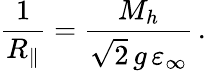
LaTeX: \frac{1}{R_{\parallel}}=\frac{M_{h}}{\sqrt{2}\, g\, \varepsilon_{\infty}}\, .